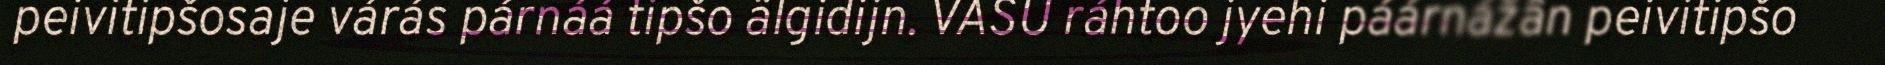
peivitipšosaje várás párnáá tipšo älgidijn. VASU ráhtoo jyehi páárnážân peivitipšo